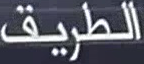
الطريق